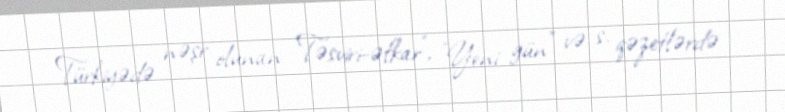
Türkiyədə nəşr olunan "Təsviri-əfkar", "Yeni gün" və s. qəzetlərdə